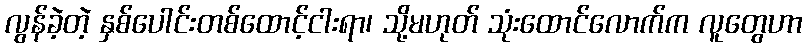
လွန်ခဲ့တဲ့ နှစ်ပေါင်းတစ်ထောင့်ငါးရာ၊ သို့မဟုတ် သုံးထောင်လောက်က လူတွေဟာ